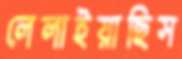
লেলাইয়াছিস